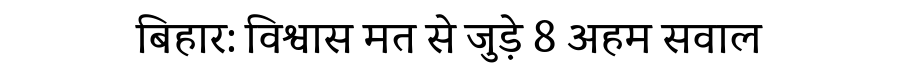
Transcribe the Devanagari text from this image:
बिहार: विश्वास मत से जुड़े 8 अहम सवाल